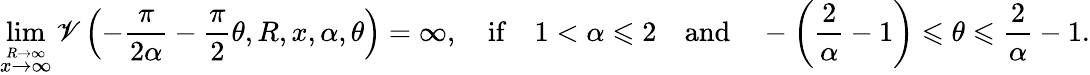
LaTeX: \operatorname*{lim}_{\stackrel{R\to\infty}{x\to\infty}}\mathscr{V}\left(-\frac{{\pi}}{{2\alpha}}-\frac{{\pi}}{{2}}\theta,R,x,\alpha,\theta\right)=\infty,\quad\mathrm{{if}}\quad1<\alpha\leqslant2\quad\mathrm{{and}}\quad-\left(\frac{{2}}{{\alpha}}-1\right)\leqslant\theta\leqslant\frac{{2}}{{\alpha}}-1.